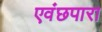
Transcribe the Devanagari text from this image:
एवंछपारा